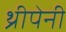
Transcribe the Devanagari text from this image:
थ्रीपेनी